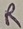
Text: R